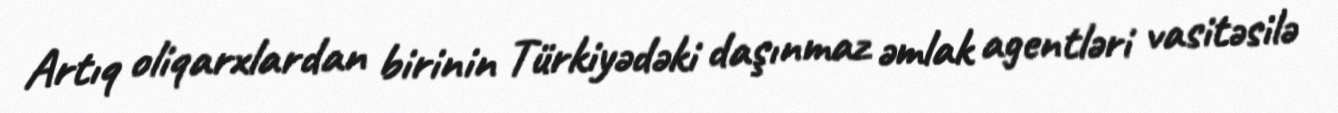
Artıq oliqarxlardan birinin Türkiyədəki daşınmaz əmlak agentləri vasitəsilə